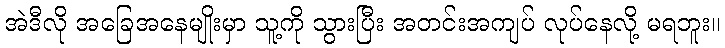
အဲဒီလို အခြေအနေမျိုးမှာ သူ့ကို သွားပြီး အတင်းအကျပ် လုပ်နေလို့ မရဘူး။